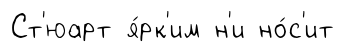
Ст'юарт я́рк'им н'и но́с'ит